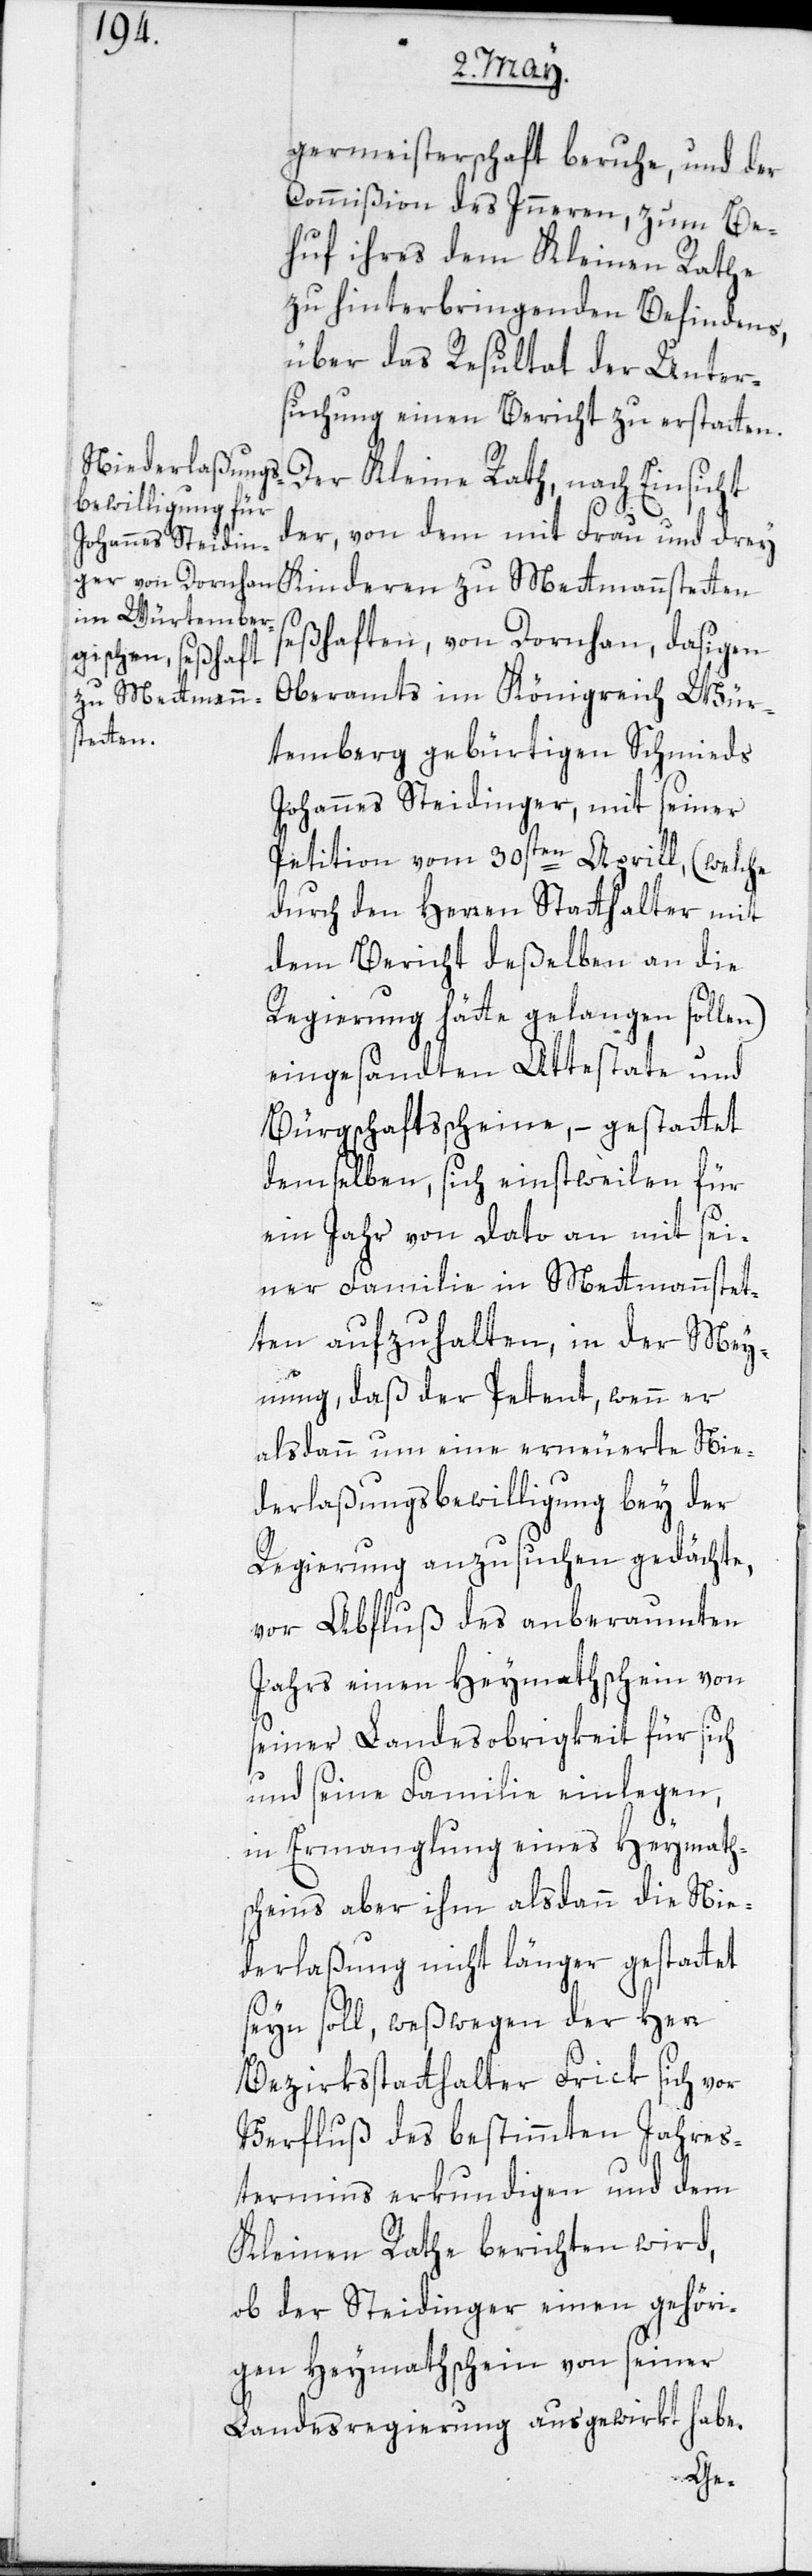
germeisterschaft beruhe, und der
Commißion des Inneren, zum Be¬
huf ihres dem Kleinen Rathe
zu hinterbringenden Befindens,
über das Resultat der Unter¬
suchung einen Bericht zu erstatten.
Der Kleine Rath, nach Einsicht
der, von dem mit Frau und drey
Kinderen zu Mettmanstetten
seßhaften, von Dornhan, dasigen
Oberamts im Königreich Wür¬
temberg gebürtigen Schmieds
Johannes Steidinger, mit seiner
Petition vom 30sten Aprill, (welche
durch den Herren Statthalter mit
dem Bericht deßelben an die
Regierung hätte gelangen sollen)
eingesandten Attestate und
Bürgschaftsscheine, – gestattet
demselben, sich einstweilen für
ein Jahr von dato an mit sei¬
ner Familie in Mettmannstet¬
ten aufzuhalten, in der Mey¬
nung, daß der Petent, wenn er
alsdann um eine erneuerte Nie¬
derlaßungsbewilligung bey der
Regierung anzusuchen gedächte,
vor Abfluß des anberaumten
Jahrs einen Heymathschein von
seiner Landesobrigkeit für sich
und seine Familie einlegen,
in Ermanglung eines Heymath¬
scheins aber ihm alsdann die Nie¬
derlaßung nicht länger gestattet
seyn soll, weßwegen der Herr
Bezirksstatthalter Frick sich vor
Verfluß des bestimmten Jahres¬
termins erkundigen und dem
Kleinen Rathe berichten wird,
ob der Steidinger einen gehöri¬
gen Heymathschein von seiner
Landesregierung ausgewirkt habe.